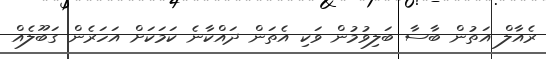
ރެއާލް އަތުން ބާސާ ބަލިވުމުން ވަކި އެތަން ދައްކާނެ ކަމަކަށް އަހަރެން ގަބޫލެއް